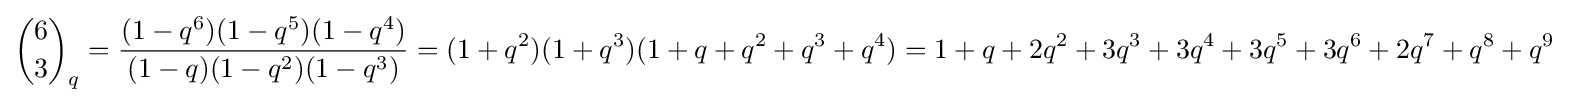
{6 \choose 3}_{q}={\frac {(1-q^{6})(1-q^{5})(1-q^{4})}{(1-q)(1-q^{2})(1-q^{3})}}=(1+q^{2})(1+q^{3})(1+q+q^{2}+q^{3}+q^{4})=1+q+2q^{2}+3q^{3}+3q^{4}+3q^{5}+3q^{6}+2q^{7}+q^{8}+q^{9}